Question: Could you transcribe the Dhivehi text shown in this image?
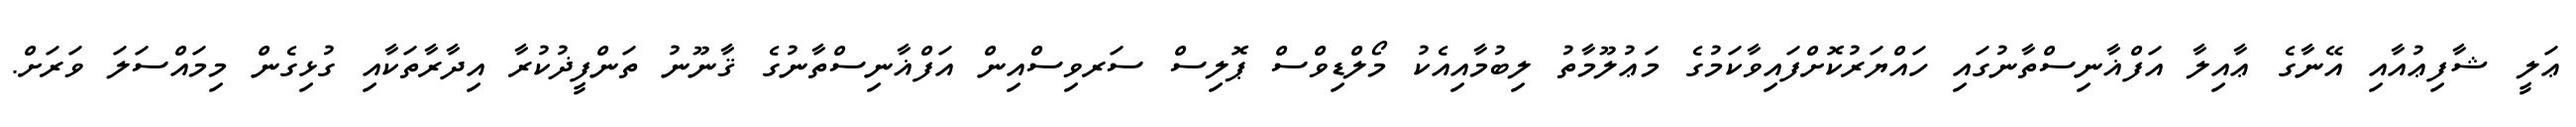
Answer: ޢަލީ ޝާފިޢުއާއި އޭނާގެ ޢާއިލާ އަފްޣާނިސްތާނުގައި ހައްޔަރުކޮށްފައިވާކަމުގެ މަޢުލޫމާތު ލިބުމާއިއެކު މޯލްޑިވްސް ޕޮލިސް ސަރވިސްއިން އަފްޣާނިސްތާނުގެ ޤާނޫނު ތަންފީޛުކުރާ އިދާރާތަކާއި ގުޅިގެން މިމައްސަލަ ވަރަށް.